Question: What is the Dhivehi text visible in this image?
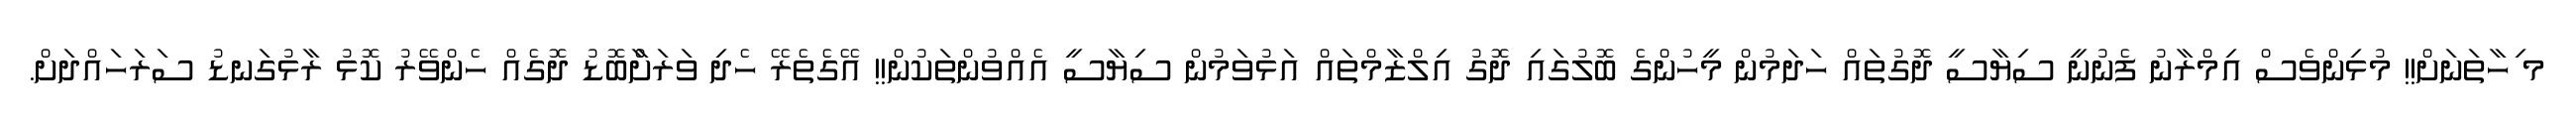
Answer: މ ިހާތަނަށް!! މުޅިންވެސް އިމްރާނު ފެނުނީ ސިޔާސީ ދޮގުތައް ހަދަމުން މީހުންގެ ބޮލުގައި ދޮގު އިލްޒާމްތައް އަޅުވަމުން ސިޔާސީ އެއްވުންތަކުން!! އޭގެތެރޭ ހެދި ވަރަށާްބޮޑު ދޮގެއް ހެންވޭރު ކޮޅު ރާޅުގަނޑު ސަރަހައްދަށް.